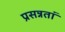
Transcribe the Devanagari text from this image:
प्रसन्नतां